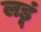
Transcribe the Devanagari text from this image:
लडूं